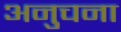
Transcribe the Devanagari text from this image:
अनुचना